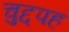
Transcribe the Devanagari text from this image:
चुद्दपह